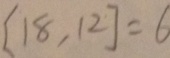
[ 1 8 , 1 2 ] = 6